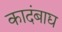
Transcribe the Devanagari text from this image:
कादंबाद्य